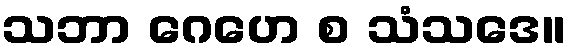
သဘာ ဂေဟေ စ သံသဒေ။